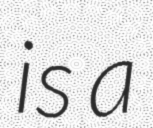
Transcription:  is a